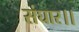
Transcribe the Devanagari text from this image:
संघार।।